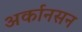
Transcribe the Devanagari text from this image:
अर्कानसन